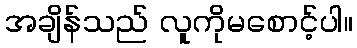
အချိန်သည် လူကိုမစောင့်ပါ။